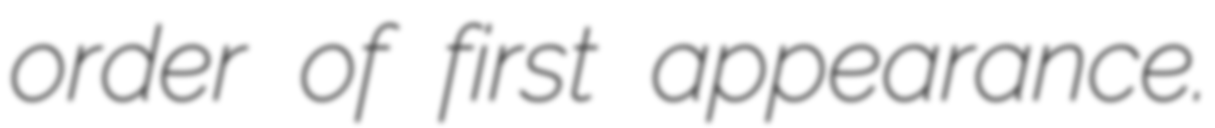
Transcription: order of first appearance.